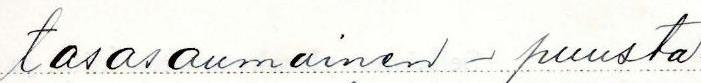
tasasaumainen - puusta